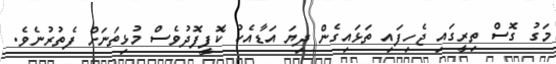
މަގު ގޮސް ތިރީގައި ޖެހިފައި ތަޅައިގެން ދިޔަ އަޑާއެކު ކޮފީފޮދުވެސް މުޅިތަނަށް ފެތުރުނެވެ.